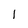
Character: l